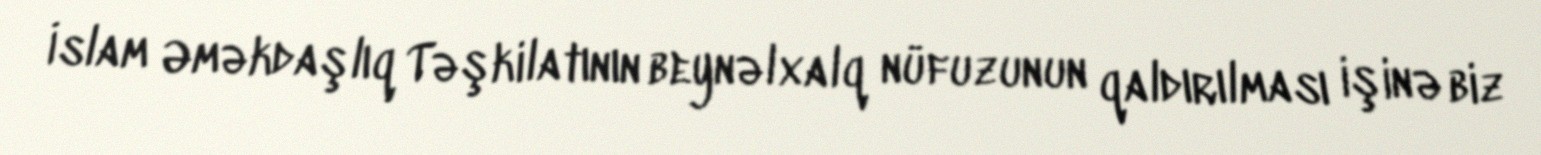
İslam Əməkdaşlıq Təşkilatının beynəlxalq nüfuzunun qaldırılması işinə biz